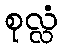
စုလ္လံ